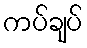
ကပ်ချပ်